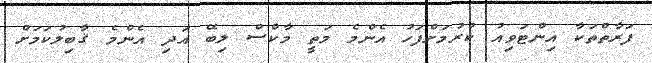
ފަރާތްތަކާ އިންޓަވިއު ކުރުމަށްފަހު އެންމެ މަތީ މާކްސް ލިބޭ އަދި އެންމެ ޤާބިލުކަމަށް